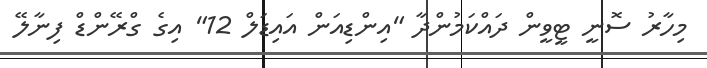
މިހާރު ސޮނީ ޓީވީން ދައްކަމުންދާ "އިންޑިއަން އައިޑަލް 12" އިގެ ގްރޭންޑް ފިނާލޭ